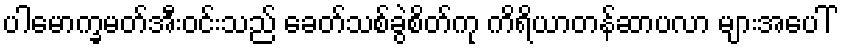
ပါမောက္ခမတ်အီးဝင်းသည် ခေတ်သစ်ခွဲစိတ်ကု ကိရိယာတန်ဆာပလာ များအပေါ်